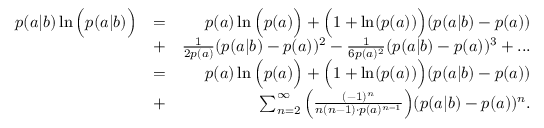
\begin{array} { r l r } { p ( a | b ) \ln \Big ( p ( a | b ) \Big ) } & { = } & { p ( a ) \ln \Big ( p ( a ) \Big ) + \Big ( 1 + \ln ( p ( a ) ) \Big ) ( p ( a | b ) - p ( a ) ) } \\ & { + } & { \frac { 1 } { 2 p ( a ) } ( p ( a | b ) - p ( a ) ) ^ { 2 } - \frac { 1 } { 6 p ( a ) ^ { 2 } } ( p ( a | b ) - p ( a ) ) ^ { 3 } + . . . } \\ & { = } & { p ( a ) \ln \Big ( p ( a ) \Big ) + \Big ( 1 + \ln ( p ( a ) ) \Big ) ( p ( a | b ) - p ( a ) ) } \\ & { + } & { \sum _ { n = 2 } ^ { \infty } \Big ( \frac { ( - 1 ) ^ { n } } { n ( n - 1 ) \cdot p ( a ) ^ { n - 1 } } \Big ) ( p ( a | b ) - p ( a ) ) ^ { n } . } \end{array}